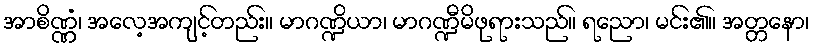
အာစိဏ္ဏံ၊ အလေ့အကျင့်တည်း။ မာဂဏ္ဍိယာ၊ မာဂဏ္ဍီမိဖုရားသည်။ ရညော၊ မင်း၏။ အတ္တနော၊